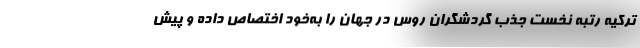
ترکیه رتبه نخست جذب گردشگران روس در جهان را به‌خود اختصاص داده و پیش